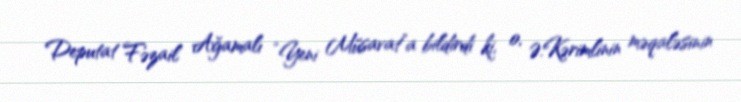
Deputat Fəzail Ağamalı “Yeni Müsavat”a bildirdi ki, o, Ə.Kərimlinin məqaləsinin